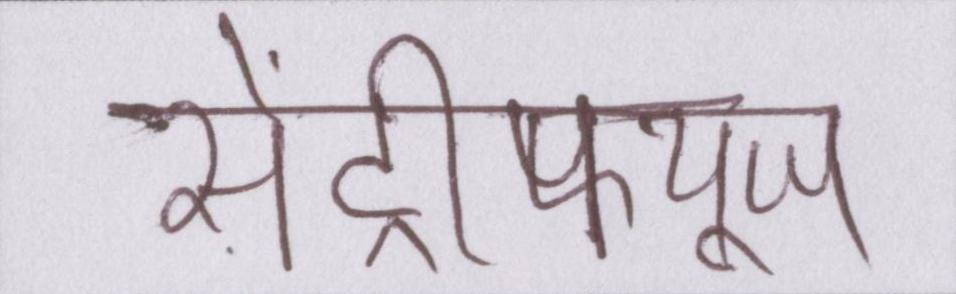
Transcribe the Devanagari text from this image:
सेंट्रीफ्यूज